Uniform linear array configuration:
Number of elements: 48
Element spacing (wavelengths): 0.25
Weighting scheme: binomial
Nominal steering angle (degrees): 0
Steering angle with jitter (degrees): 0.1129
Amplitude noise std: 0.05
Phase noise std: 0.05

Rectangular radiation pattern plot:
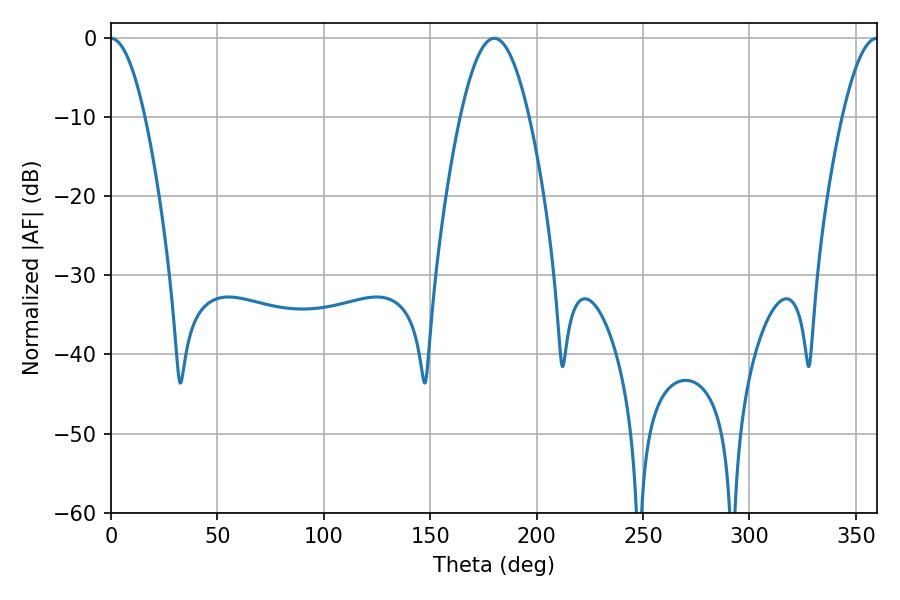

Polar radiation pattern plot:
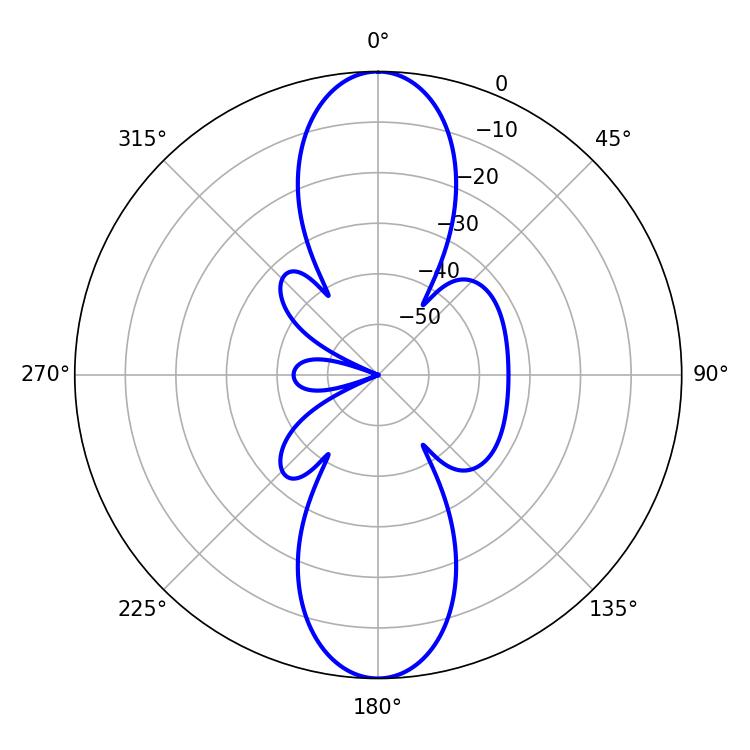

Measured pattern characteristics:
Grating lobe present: FALSE
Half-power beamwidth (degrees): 17.64
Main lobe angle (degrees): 180.18